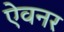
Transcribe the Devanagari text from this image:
ऐवनर